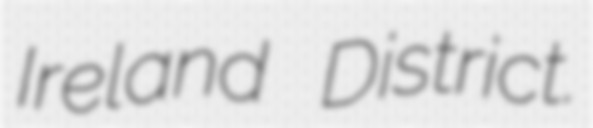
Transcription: Ireland District.